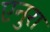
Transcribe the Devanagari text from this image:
एनुरा